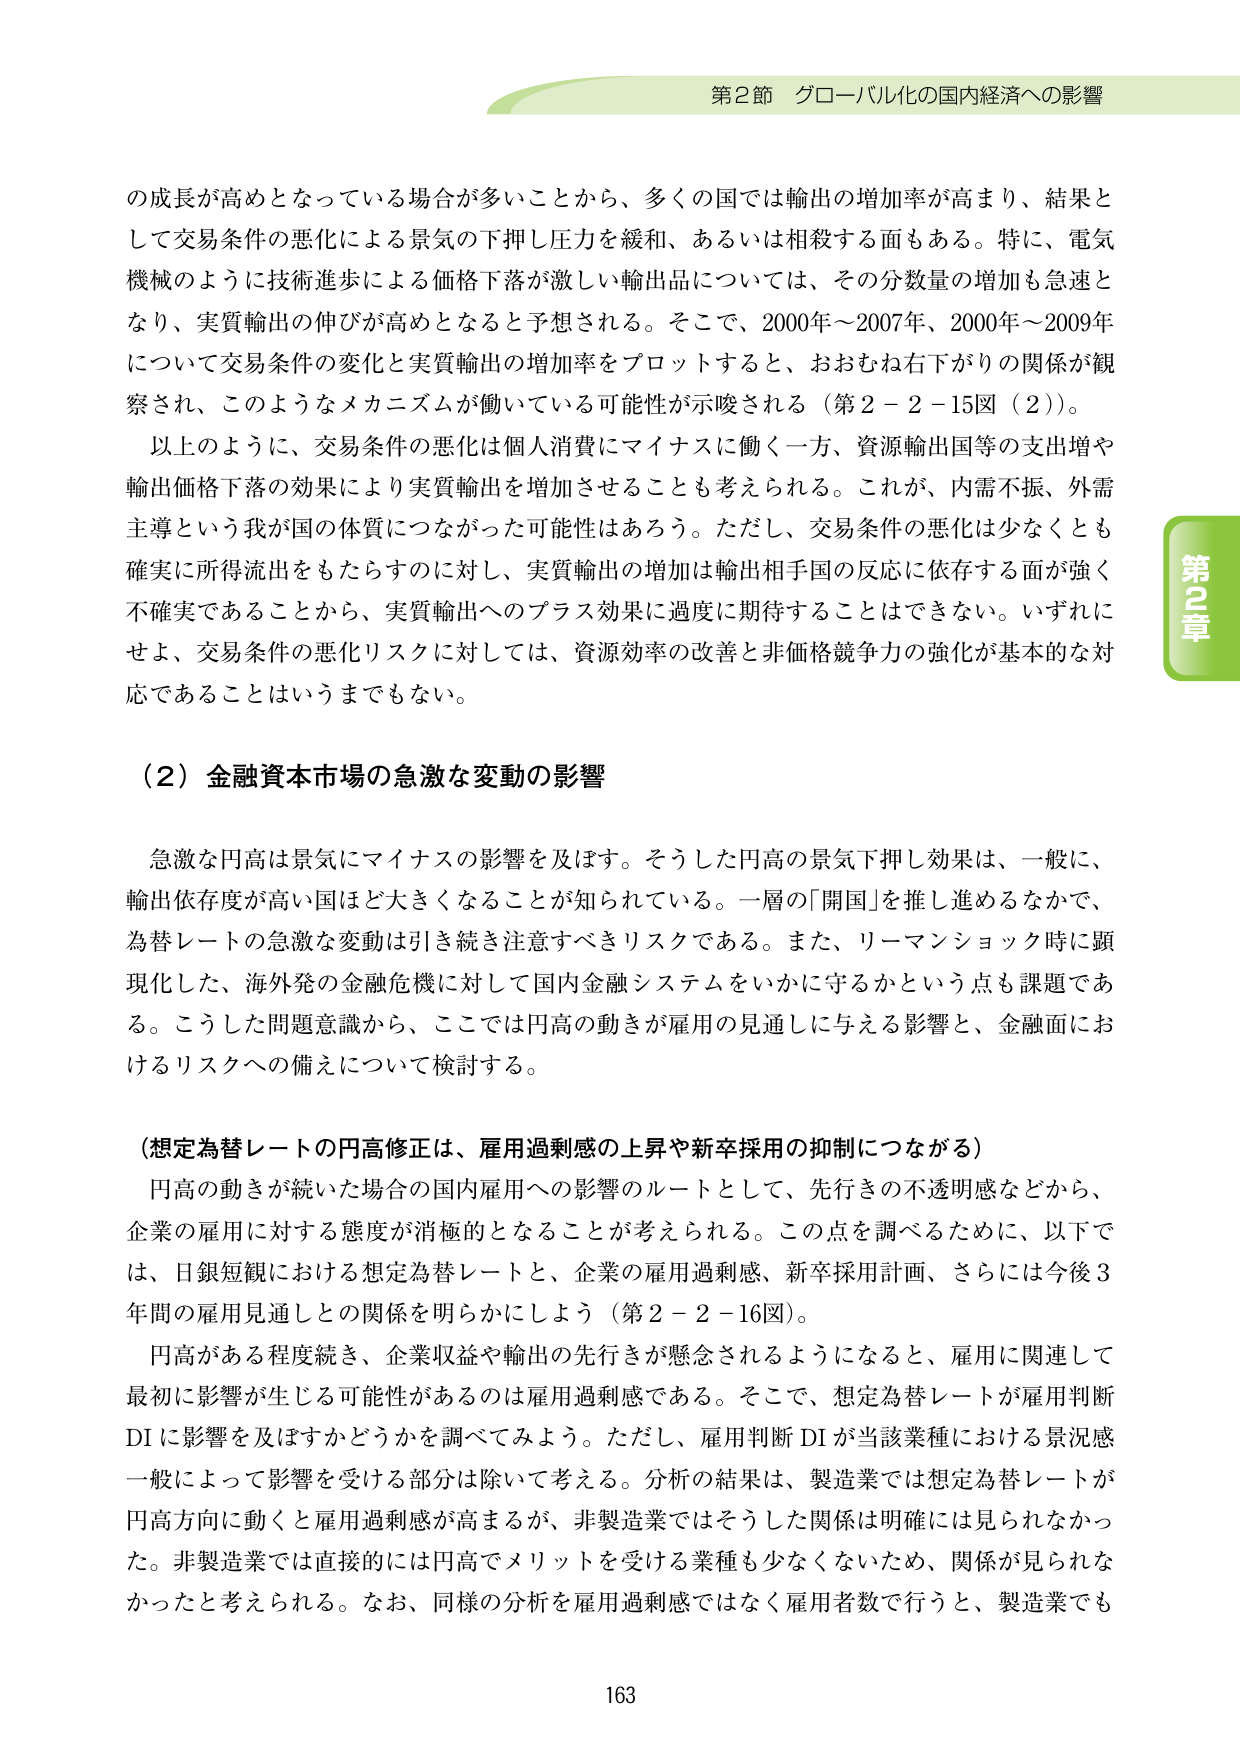
第2節 グローバル化の国内経済への影響

の成長が高めとなっている場合が多いことから、多くの国では輸出の増加率が高まり、結果として交易条件の悪化による景気の下押し圧力を緩和、あるいは相殺する面もある。特に、電気機械のように技術進歩による価格下落が激しい輸出品については、その分数量の増加も急速となり、実質輸出の伸びが高めとなると予想される。そこで、2000年～2007年、2000年～2009年について交易条件の変化と実質輸出の増加率をプロットすると、おおむね右下がりの関係が観察され、このようなメカニズムが働いている可能性が示唆される（第2－2－15図（2））。

以上のように、交易条件の悪化は個人消費にマイナスに働く一方、資源輸出国等の支出増や輸出価格下落の効果により実質輸出を増加させることも考えられる。これが、内需不振、外需主導という我が国の体質につながった可能性はあろう。ただし、交易条件の悪化は少なくとも確実に所得流出をもたらすのに対し、実質輸出の増加は輸出相手国の反応に依存する面が強く不確実であることから、実質輸出へのプラス効果に過度に期待することはできない。いずれにせよ、交易条件の悪化リスクに対しては、資源効率の改善と非価格競争力の強化が基本的な対応であることはいうまでもない。

（2）金融資本市場の急激な変動の影響

急激な円高は景気にマイナスの影響を及ぼす。そうした円高の景気下押し効果は、一般に、輸出依存度が高い国ほど大きくなることが知られている。一層の「開国」を推し進めるなかで、為替レートの急激な変動は引き続き注意すべきリスクである。また、リーマンショック時に顕現化した、海外発の金融危機に対して国内金融システムをいかに守るかという点も課題である。こうした問題意識から、ここでは円高の動きが雇用の見通しに与える影響と、金融面におけるリスクへの備えについて検討する。

（想定為替レートの円高修正は、雇用過剰感の上昇や新卒採用の抑制につながる）

円高の動きが続いた場合の国内雇用への影響のルートとして、先行きの不透明感などから、企業の雇用に対する態度が消極的となることが考えられる。この点を調べるために、以下では、日銀短観における想定為替レートと、企業の雇用過剰感、新卒採用計画、さらには今後3年間の雇用見通しとの関係を明らかにしよう（第2－2－16図）。

円高がある程度続き、企業収益や輸出の先行きが懸念されるようになると、雇用に関連して最初に影響が生じる可能性があるのは雇用過剰感である。そこで、想定為替レートが雇用判断DIに影響を及ぼすかどうかを調べてみよう。ただし、雇用判断DIが当該業種における景況感一般によって影響を受ける部分は除いて考える。分析の結果は、製造業では想定為替レートが円高方向に動くと雇用過剰感が高まるが、非製造業ではそうした関係は明確には見られなかった。非製造業では直接的には円高でメリットを受ける業種も少なくないため、関係が見られなかったと考えられる。なお、同様の分析を雇用過剰感ではなく雇用者数で行うと、製造業でも

第2章

163